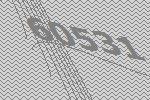
60531